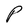
Character: P